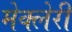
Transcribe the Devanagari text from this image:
मेक्लेरी